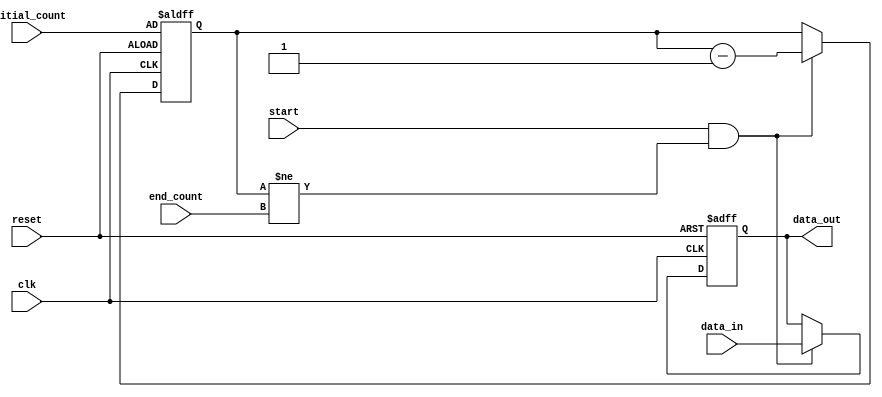
module decremental_for_loop (
    input wire [31:0] initial_count,
    input wire [31:0] end_count,
    input wire clk,
    input wire reset,
    input wire start,
    input wire [31:0] data_in,
    output reg [31:0] data_out
);

reg [31:0] counter;

always @(posedge clk or posedge reset) begin
    if (reset) begin
        counter <= initial_count;
        data_out <= 0;
    end else begin
        if (start && counter != end_count) begin
            counter <= counter - 1;
            data_out <= data_in; // This is where you would place the statements to be executed in each iteration
        end
    end
end

endmodule